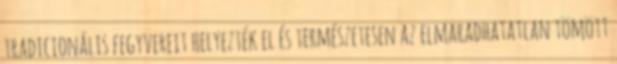
tradicionális fegyvereit helyezték el és természetesen az elmaradhatatlan tömött